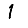
Digit: 1